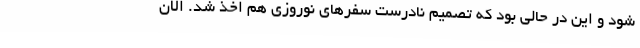
شود و این در حالی بود که تصمیم نادرست سفرهای نوروزی هم اخذ شد. الان